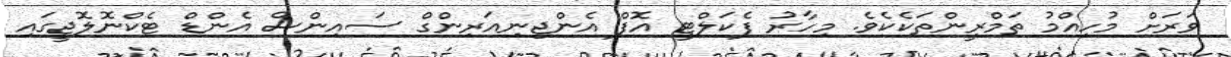
ވަރަށް މުހިއްމު ތަމްރީންތަކެކެވެ. މިހާރު ފެކަލްޓީ އޮފް އެންޖިނިއަރިންގް ސައިންސް އެންޑް ޓެކްނޮލޮޖީގައި